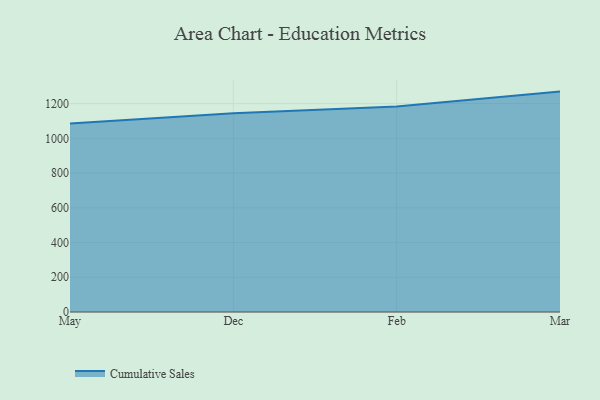
{"axis": {"x": "Month", "y": "Gross Profit (USD K)"}, "legend": ["Cumulative Sales"], "data": [{"x": "May", "y": 1085.3, "type": "Cumulative Sales"}, {"x": "Dec", "y": 1144.8, "type": "Cumulative Sales"}, {"x": "Feb", "y": 1184.1, "type": "Cumulative Sales"}, {"x": "Mar", "y": 1269.2, "type": "Cumulative Sales"}]}